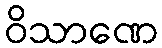
ဝိသာဏေ